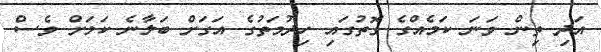
އަދި ތިން ވަނަ ކަމެއްގެ ގޮތުގައި ހިދުމަތުގެ އަގަށް ބަލާނެ ކަމަށް ވެސް